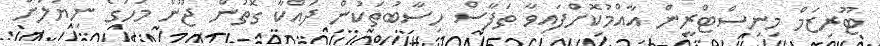
ޓޫރިޒަމް މިނިސްޓްރީން އާއްމުކޮށްފައިވާ ތަފާސް ހިސާބުތަކުން ދައްކާ ގޮތުން ޖޫން މަހުގެ ނިޔަލަށް